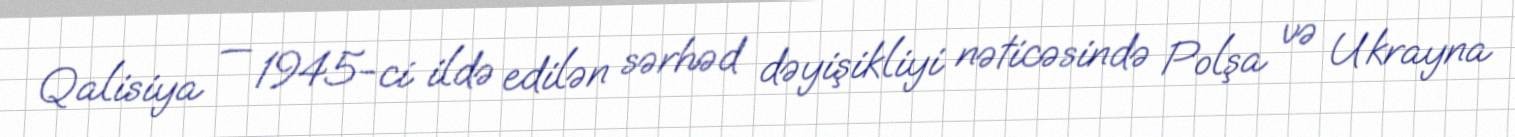
Qalisiya — 1945-ci ildə edilən sərhəd dəyişikliyi nəticəsində Polşa və Ukrayna